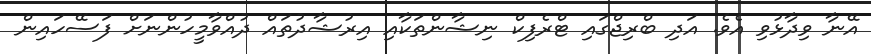
އޭނާ ވިދާޅުވި އެވެ. އަދި ބްރިޖްގައި ޓްރެފިކް ނިޝާންތަކާއި އިރުޝާދުތައް ދުއްވާމީހުންނަށް ފަސޭހައިން